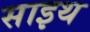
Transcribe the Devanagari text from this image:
साइथ